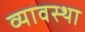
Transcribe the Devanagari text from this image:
व्यावस्था